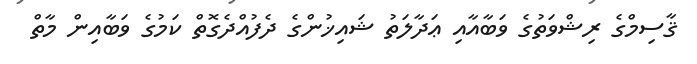
ޤާސިމްގެ ރިޝްވަތުގެ ވަބާއާއި ޢަދާލަތު ޝައިޚުންގެ ދެފުއްދެގޮތް ކަމުގެ ވަބާއިން މާތް